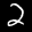
Label: 2